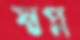
স্বপ্ন